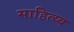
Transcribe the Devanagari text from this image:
साहित्य्व